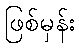
ဖြစ်မှန်း